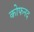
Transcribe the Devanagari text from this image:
कोफनद